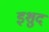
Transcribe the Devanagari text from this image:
इशुद